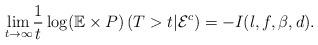
LaTeX: \begin{align*} \underset{t \rightarrow \infty}{\lim} \frac{1}{t}\log (\mathbb{E}\times P) \left(T>t|\mathcal{E}^c\right) = -I(l,f,\beta,d). \end{align*}